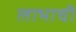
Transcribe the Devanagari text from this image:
लाभाची